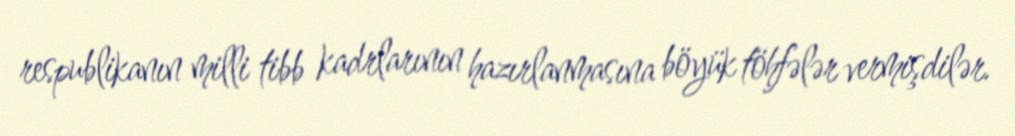
respublikanın milli tibb kadrlarının hazırlanmasına böyük töhfələr vermişdilər.